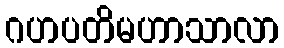
ဂဟပတိမဟာသာလာ